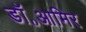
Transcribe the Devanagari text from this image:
डॉ॰आमिर